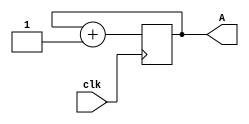
module AGU(clk,A);
input clk;
output [4:0]A;
reg [4:0]A;
always @(posedge clk)
A=A+1;
endmodule